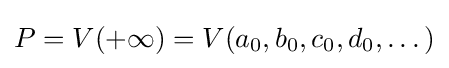
P=V(+\infty )=V(a_{0},b_{0},c_{0},d_{0},\dots )